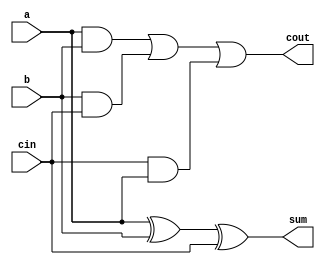
module full_adder(a, b, cin, sum, cout);
input a;
input b;
input cin;
output sum;
wire sum;
output cout;
wire cout;
assign sum = a^b^cin;
assign cout = (a & b) | (b & cin) | (cin & a);
endmodule